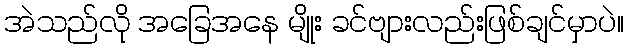
အဲသည်လို အခြေအနေ မျိုး ခင်ဗျားလည်းဖြစ်ချင်မှာပဲ။